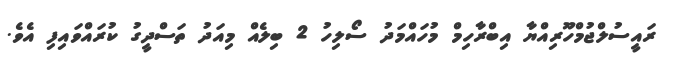
ރައީސުލްޖުމްހޫރިއްޔާ އިބްރާހިމް މުހައްމަދު ސޯލިހު 2 ބިލެއް މިއަދު ތަސްދީގު ކުރައްވައިފި އެެވެ.